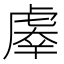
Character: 𰲤